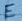
Text: E